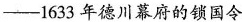
—1633年德川幕府的锁国令